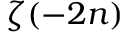
\zeta ( - 2 n )